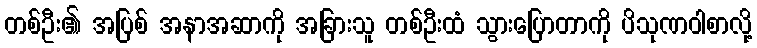
တစ်ဦး၏ အပြစ် အနာအဆာကို အခြားသူ တစ်ဦးထံ သွားပြောတာကို ပိသုဏဝါစာလို့